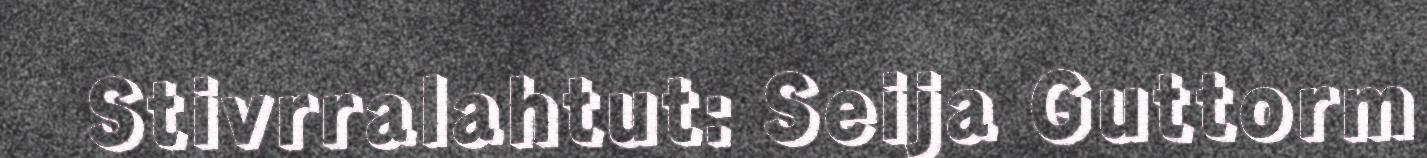
Stivrralahtut: Seija Guttorm